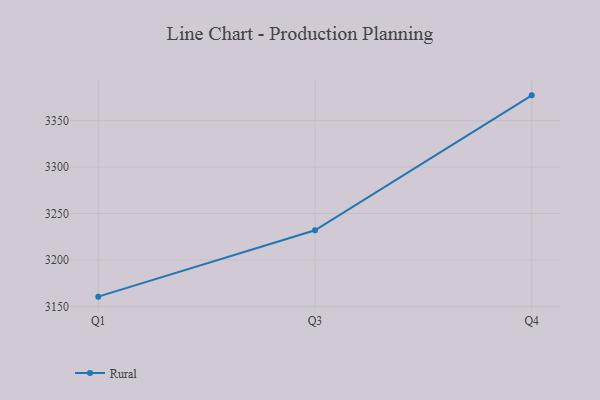
{"axis": {"x": "Quarter", "y": "Tickets Resolved"}, "legend": ["Rural"], "data": [{"x": "Q1", "y": 3160.4, "type": "Rural"}, {"x": "Q3", "y": 3231.9, "type": "Rural"}, {"x": "Q4", "y": 3377.3, "type": "Rural"}]}